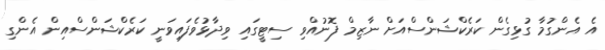
އެ އެންގުމާ ގުޅިގެން ކަރެކްޝަންސްއަށް ނާޒިމް ފޮނުއްވި ސިޓީގައި ވިދާޅުވެފައިވަނީ ކަރެކްޝަންސްއިން އެންގި